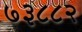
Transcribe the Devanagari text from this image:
७३८८२